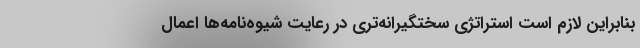
بنابراین لازم است استراتژی سختگیرانه‌تری در رعایت شیوه‌نامه‌ها اعمال